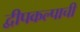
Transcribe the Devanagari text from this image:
द्वीपकल्पाची